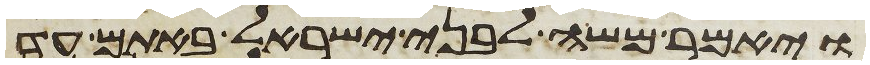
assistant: ויאמר משה לבני ישראל באתם עד